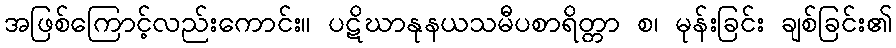
အဖြစ်ကြောင့်လည်းကောင်း။ ပဋိဃာနုနယသမီပစာရိတ္တာ စ၊ မုန်းခြင်း ချစ်ခြင်း၏